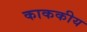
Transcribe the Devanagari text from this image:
काककीय